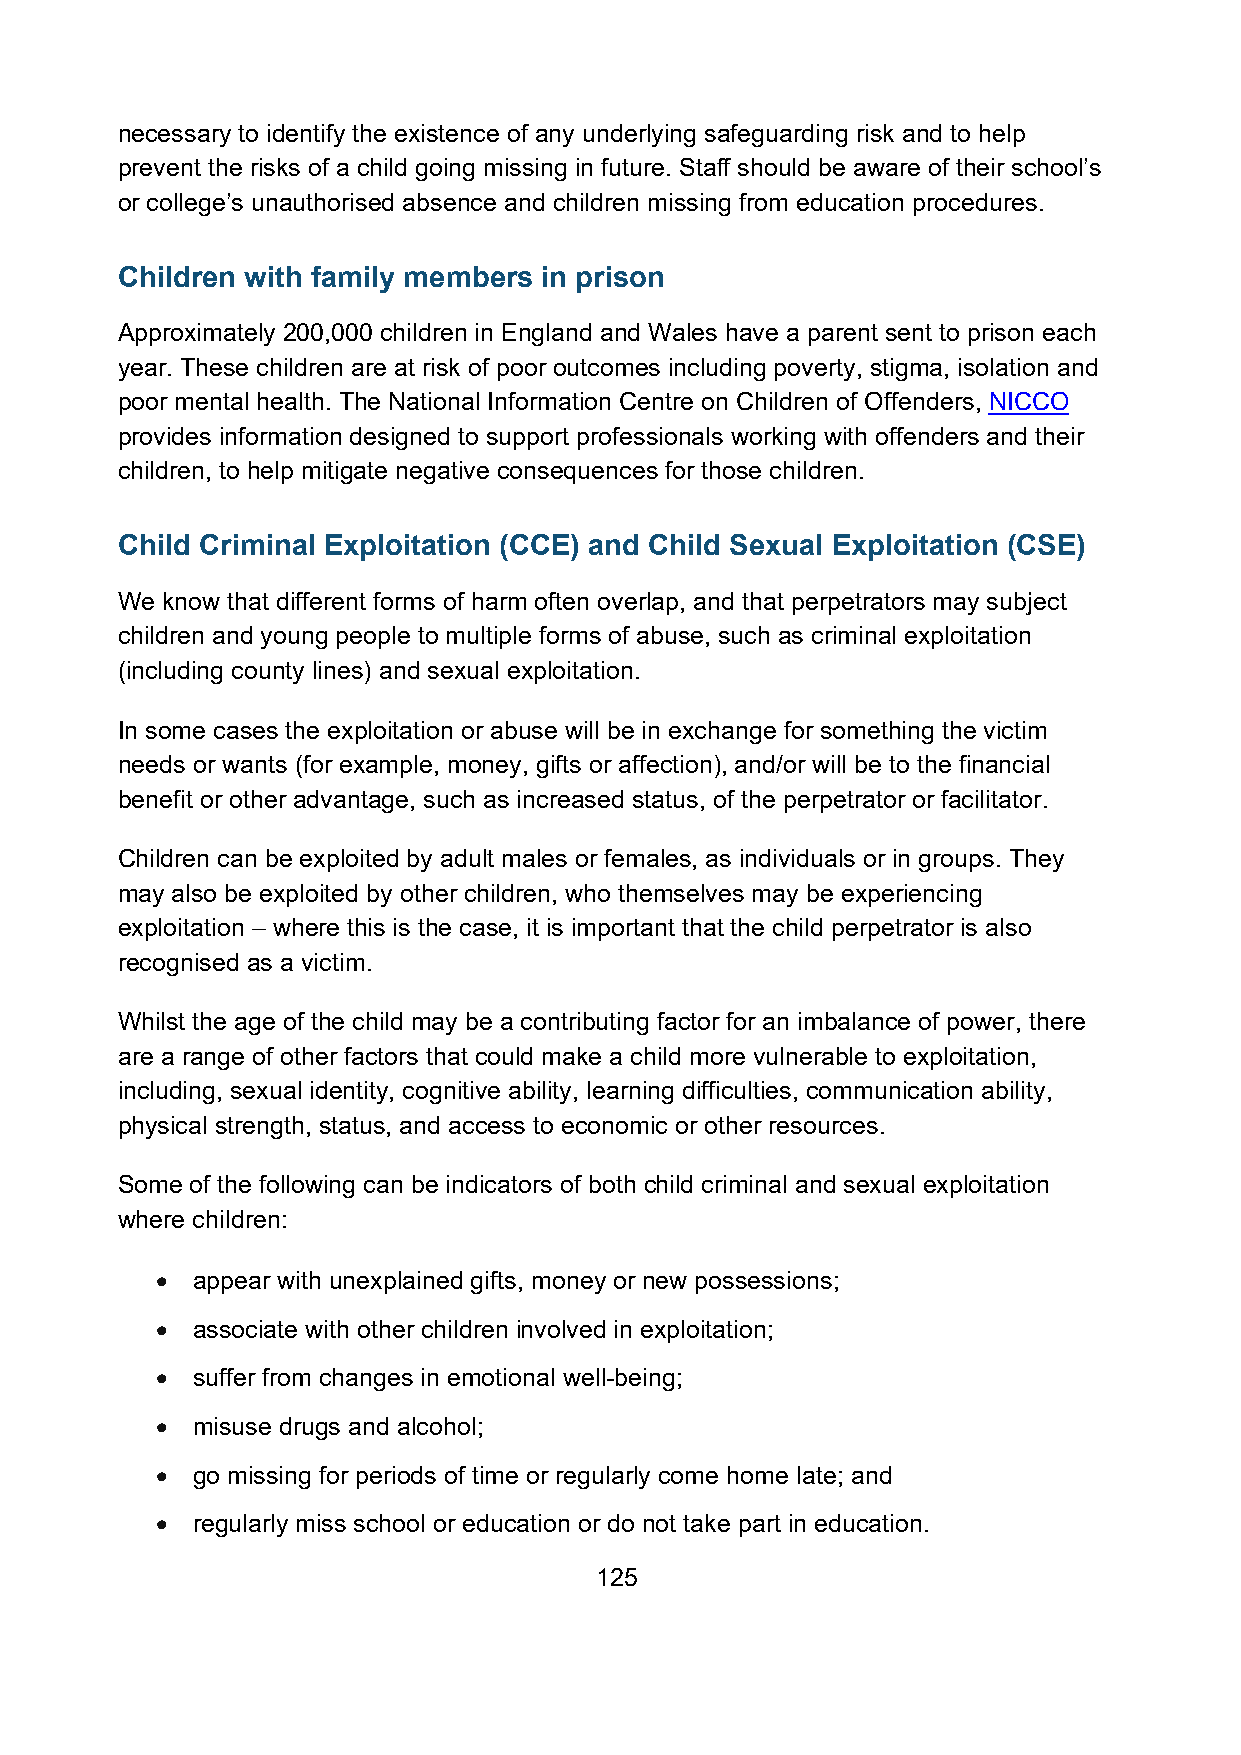
necessary to identify the existence of any underlying safeguarding risk and to help
 prevent the risks of a child going missing in future. Staff should be aware of their school’s
 or college’s unauthorised absence and children missing from education procedures.
 Children with family members in prison
 Approximately 200,000 children in England and Wales have a parent sent to prison each
 year. These children are at risk of poor outcomes including poverty, stigma, isolation and
 poor mental health. The National Information Centre on Children of Offenders, NICCO
 provides information designed to support professionals working with offenders and their
 children, to help mitigate negative consequences for those children.
 Child Criminal Exploitation (CCE) and Child Sexual Exploitation (CSE)
 We know that different forms of harm often overlap, and that perpetrators may subject
 children and young people to multiple forms of abuse, such as criminal exploitation
 (including county lines) and sexual exploitation.
 In some cases the exploitation or abuse will be in exchange for something the victim
 needs or wants (for example, money, gifts or affection), and/or will be to the financial
 benefit or other advantage, such as increased status, of the perpetrator or facilitator.
 Children can be exploited by adult males or females, as individuals or in groups. They
 may also be exploited by other children, who themselves may be experiencing
 exploitation – where this is the case, it is important that the child perpetrator is also
 recognised as a victim.
 Whilst the age of the child may be a contributing factor for an imbalance of power, there
 are a range of other factors that could make a child more vulnerable to exploitation,
 including, sexual identity, cognitive ability, learning difficulties, communication ability,
 physical strength, status, and access to economic or other resources.
 Some of the following can be indicators of both child criminal and sexual exploitation
 where children:
 •  appear with unexplained gifts, money or new possessions;
 •  associate with other children involved in exploitation;
 •  suffer from changes in emotional well-being;
 •  misuse drugs and alcohol;
 •  go missing for periods of time or regularly come home late; and
 •  regularly miss school or education or do not take part in education.
 125